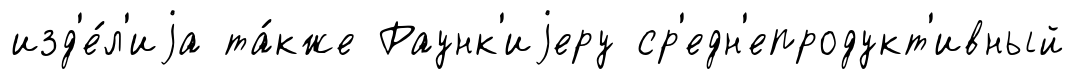
изд'е́л'иjа та́кже Раунк'иjеру ср'едн'епродукт'ивный